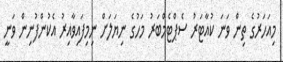
މިއަހަރުގެ ތިން ވަނަ ކުއާޓަރު ސެޕްޓެމްބަރު މަހުގެ ނިޔަލަށް ނިމިފައިވާއިރު އެކުންފުނިން ވަނީ